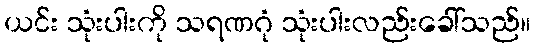
ယင်း သုံးပါးကို သရဏဂုံ သုံးပါးလည်းခေါ်သည်။